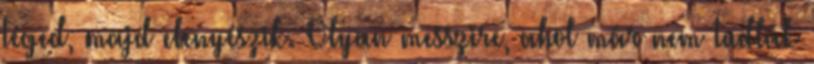
téged, majd elenyészik. Olyan messzire, ahol már nem tudlak